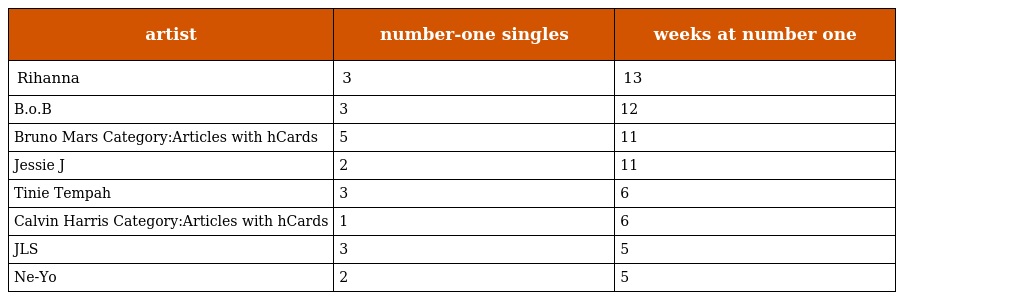
| artist | number-one singles | weeks at number one |
 | --- | --- | --- |
 | Rihanna | 3 | 13 |
 | B.o.B | 3 | 12 |
 | Bruno Mars Category:Articles with hCards | 5 | 11 |
 | Jessie J | 2 | 11 |
 | Tinie Tempah | 3 | 6 |
 | Calvin Harris Category:Articles with hCards | 1 | 6 |
 | JLS | 3 | 5 |
 | Ne-Yo | 2 | 5 |